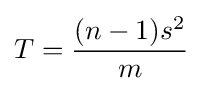
T={\frac {(n-1)s^{2}}{m}}